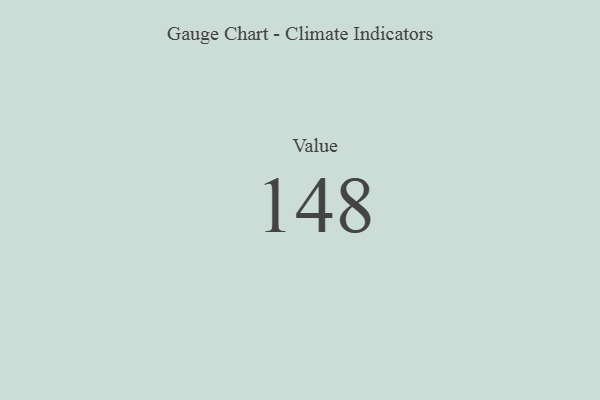
{"axis": {"x": "Metric", "y": "Value"}, "legend": [""], "data": [{"x": "Value", "y": 148, "type": ""}]}